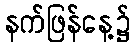
နက်ဖြန်နေ့၌